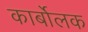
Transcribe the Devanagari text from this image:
कार्बोलक